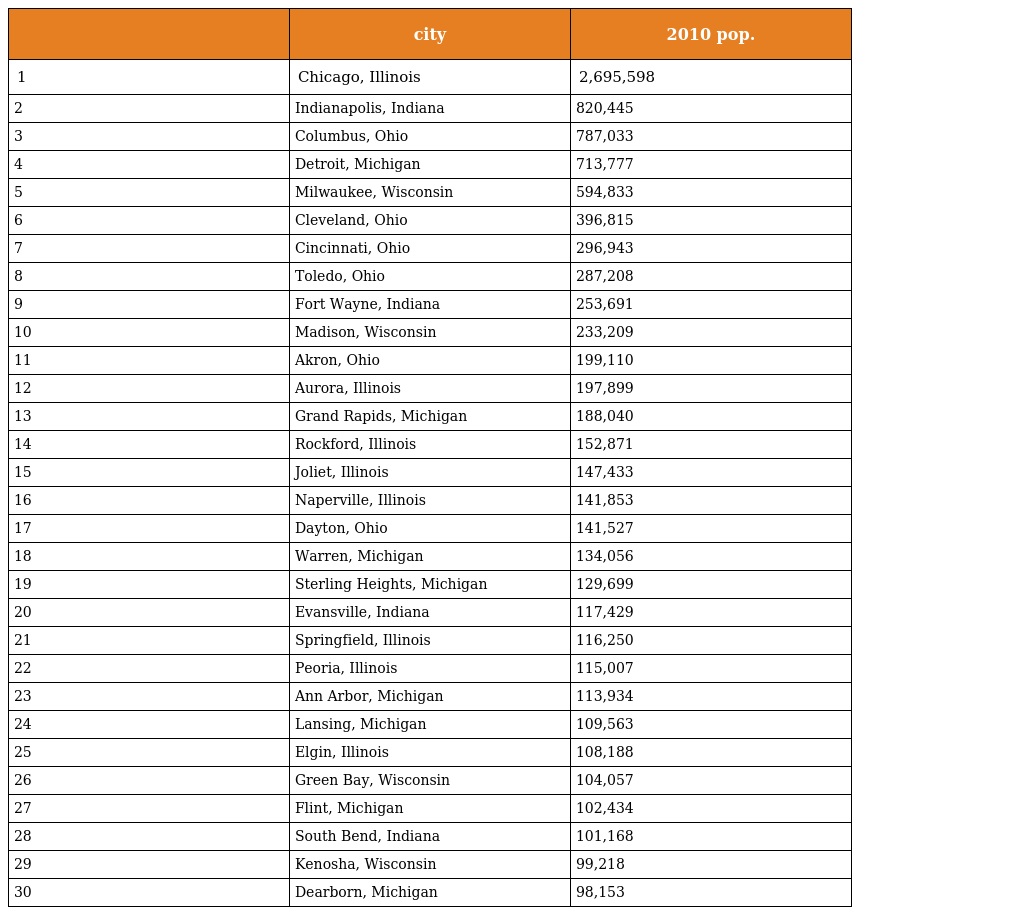
|  | city | 2010 pop. |
 | --- | --- | --- |
 | 1 | Chicago, Illinois | 2,695,598 |
 | 2 | Indianapolis, Indiana | 820,445 |
 | 3 | Columbus, Ohio | 787,033 |
 | 4 | Detroit, Michigan | 713,777 |
 | 5 | Milwaukee, Wisconsin | 594,833 |
 | 6 | Cleveland, Ohio | 396,815 |
 | 7 | Cincinnati, Ohio | 296,943 |
 | 8 | Toledo, Ohio | 287,208 |
 | 9 | Fort Wayne, Indiana | 253,691 |
 | 10 | Madison, Wisconsin | 233,209 |
 | 11 | Akron, Ohio | 199,110 |
 | 12 | Aurora, Illinois | 197,899 |
 | 13 | Grand Rapids, Michigan | 188,040 |
 | 14 | Rockford, Illinois | 152,871 |
 | 15 | Joliet, Illinois | 147,433 |
 | 16 | Naperville, Illinois | 141,853 |
 | 17 | Dayton, Ohio | 141,527 |
 | 18 | Warren, Michigan | 134,056 |
 | 19 | Sterling Heights, Michigan | 129,699 |
 | 20 | Evansville, Indiana | 117,429 |
 | 21 | Springfield, Illinois | 116,250 |
 | 22 | Peoria, Illinois | 115,007 |
 | 23 | Ann Arbor, Michigan | 113,934 |
 | 24 | Lansing, Michigan | 109,563 |
 | 25 | Elgin, Illinois | 108,188 |
 | 26 | Green Bay, Wisconsin | 104,057 |
 | 27 | Flint, Michigan | 102,434 |
 | 28 | South Bend, Indiana | 101,168 |
 | 29 | Kenosha, Wisconsin | 99,218 |
 | 30 | Dearborn, Michigan | 98,153 |